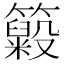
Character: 𥶵